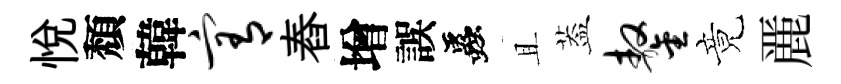
悅頽韓宥舂增誤蟲且葢鏊竟䴡